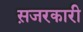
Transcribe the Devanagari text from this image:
स़जरकारी